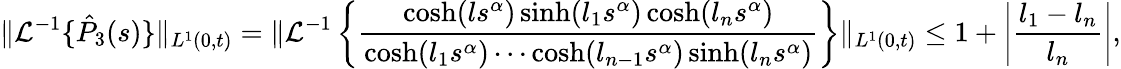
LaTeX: \| \mathcal{L}^{-1}\{ \hat{P}_{3}(s)\} \| _{L^{1}(0,t)}=\| \mathcal{L}^{-1}\left\{ \frac{\cosh(ls^{\alpha})\sinh(l_{1}s^{\alpha})\cosh(l_{n}s^{\alpha})}{\cosh(l_{1}s^{\alpha})\cdots\cosh(l_{n-1}s^{\alpha})\sinh(l_{n}s^{\alpha})}\right\} \| _{L^{1}(0,t)}\leq 1+\left|\frac{l_{1}-l_{n}}{l_{n}}\right|,